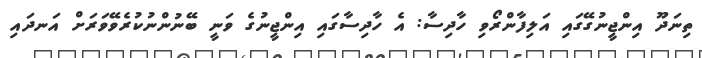
ތިނަދޫ އިންޖީނުގޭގައި އަލިފާންރޯވި ހާދިސާ: އެ ހާދިސާގައި އިންޖީނުގެ ވަނީ ބޭނުންނުކުރެވޭވަރަށް އަނދައި